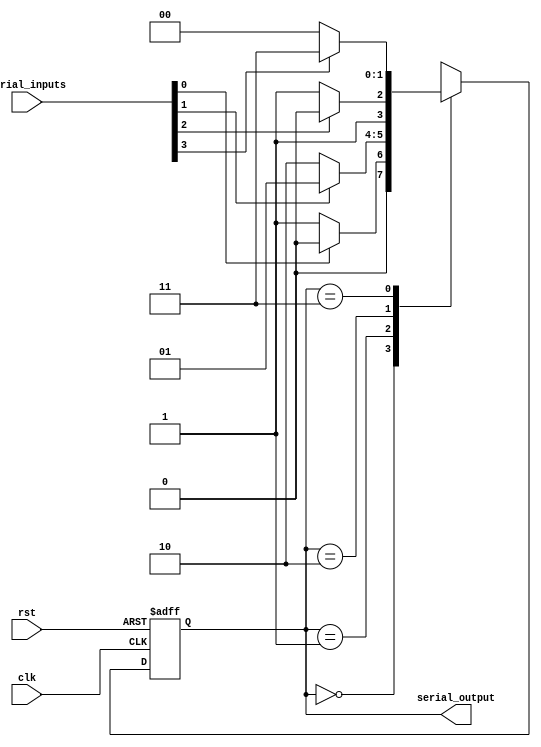
module Serial_Arbiter (
input wire clk,
input wire rst,
input wire [3:0] serial_inputs,
output wire [1:0] serial_output
);

reg [1:0] priority;

always @ (posedge clk or posedge rst) begin
    if (rst) begin
        priority <= 2'b00;
    end else begin
        case (priority)
            2'b00: priority <= (serial_inputs[0] == 1) ? 2'b00 : 2'b01;
            2'b01: priority <= (serial_inputs[1] == 1) ? 2'b01 : 2'b10;
            2'b10: priority <= (serial_inputs[2] == 1) ? 2'b10 : 2'b11;
            2'b11: priority <= (serial_inputs[3] == 1) ? 2'b11 : 2'b00;
        endcase
    end
end

assign serial_output = priority;

endmodule